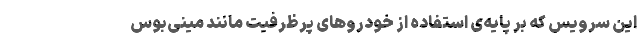
این سرویس که بر پایه‌ی استفاده از خودروهای پرظرفیت مانند مینی‌بوس